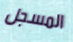
المسجل